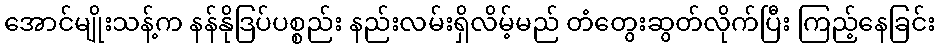
အောင်မျိုးသန့်က နန်နိုဒြပ်ပစ္စည်း နည်းလမ်းရှိလိမ့်မည် တံတွေးဆွတ်လိုက်ပြီး ကြည့်နေခြင်း